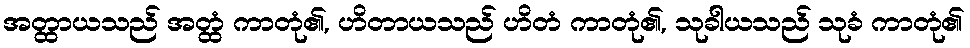
အတ္ထာယသည် အတ္ထံ ကာတုံ၏, ဟိတာယသည် ဟိတံ ကာတုံ၏, သုခါယသည် သုခံ ကာတုံ၏